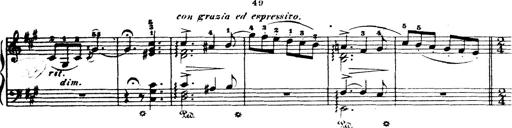
Title: Wagner-Liszt Album
Composer: Franz Liszt